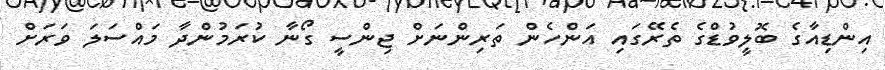
އިންޑިއާގެ ބޮލީވުޑްގެ ތެރޭގައި އަންހެން ތަރިންނަށް ޖިންސީ ގޯނާ ކުރަމުންދާ މައްސަލަ ވަރަށް